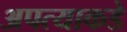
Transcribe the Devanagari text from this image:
अपत्याकडे